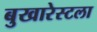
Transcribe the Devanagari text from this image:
बुखारेस्टला